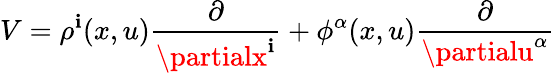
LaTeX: V=\rho^{\mathbf{i}}(x,u){\frac{{\partial}}{{\partialx^{\mathbf{i}}}}}+\phi^{\alpha}(x,u){\frac{{\partial}}{{\partialu^{\alpha}}}}